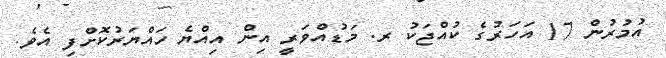
އުމުރުން 17 އަހަރުގެ ކުއްޖަކު ރ. މަޑުއްވަރީ އިން އިއްޔެ ހައްޔަރުކޮށްފި އެވެ.